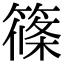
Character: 篠